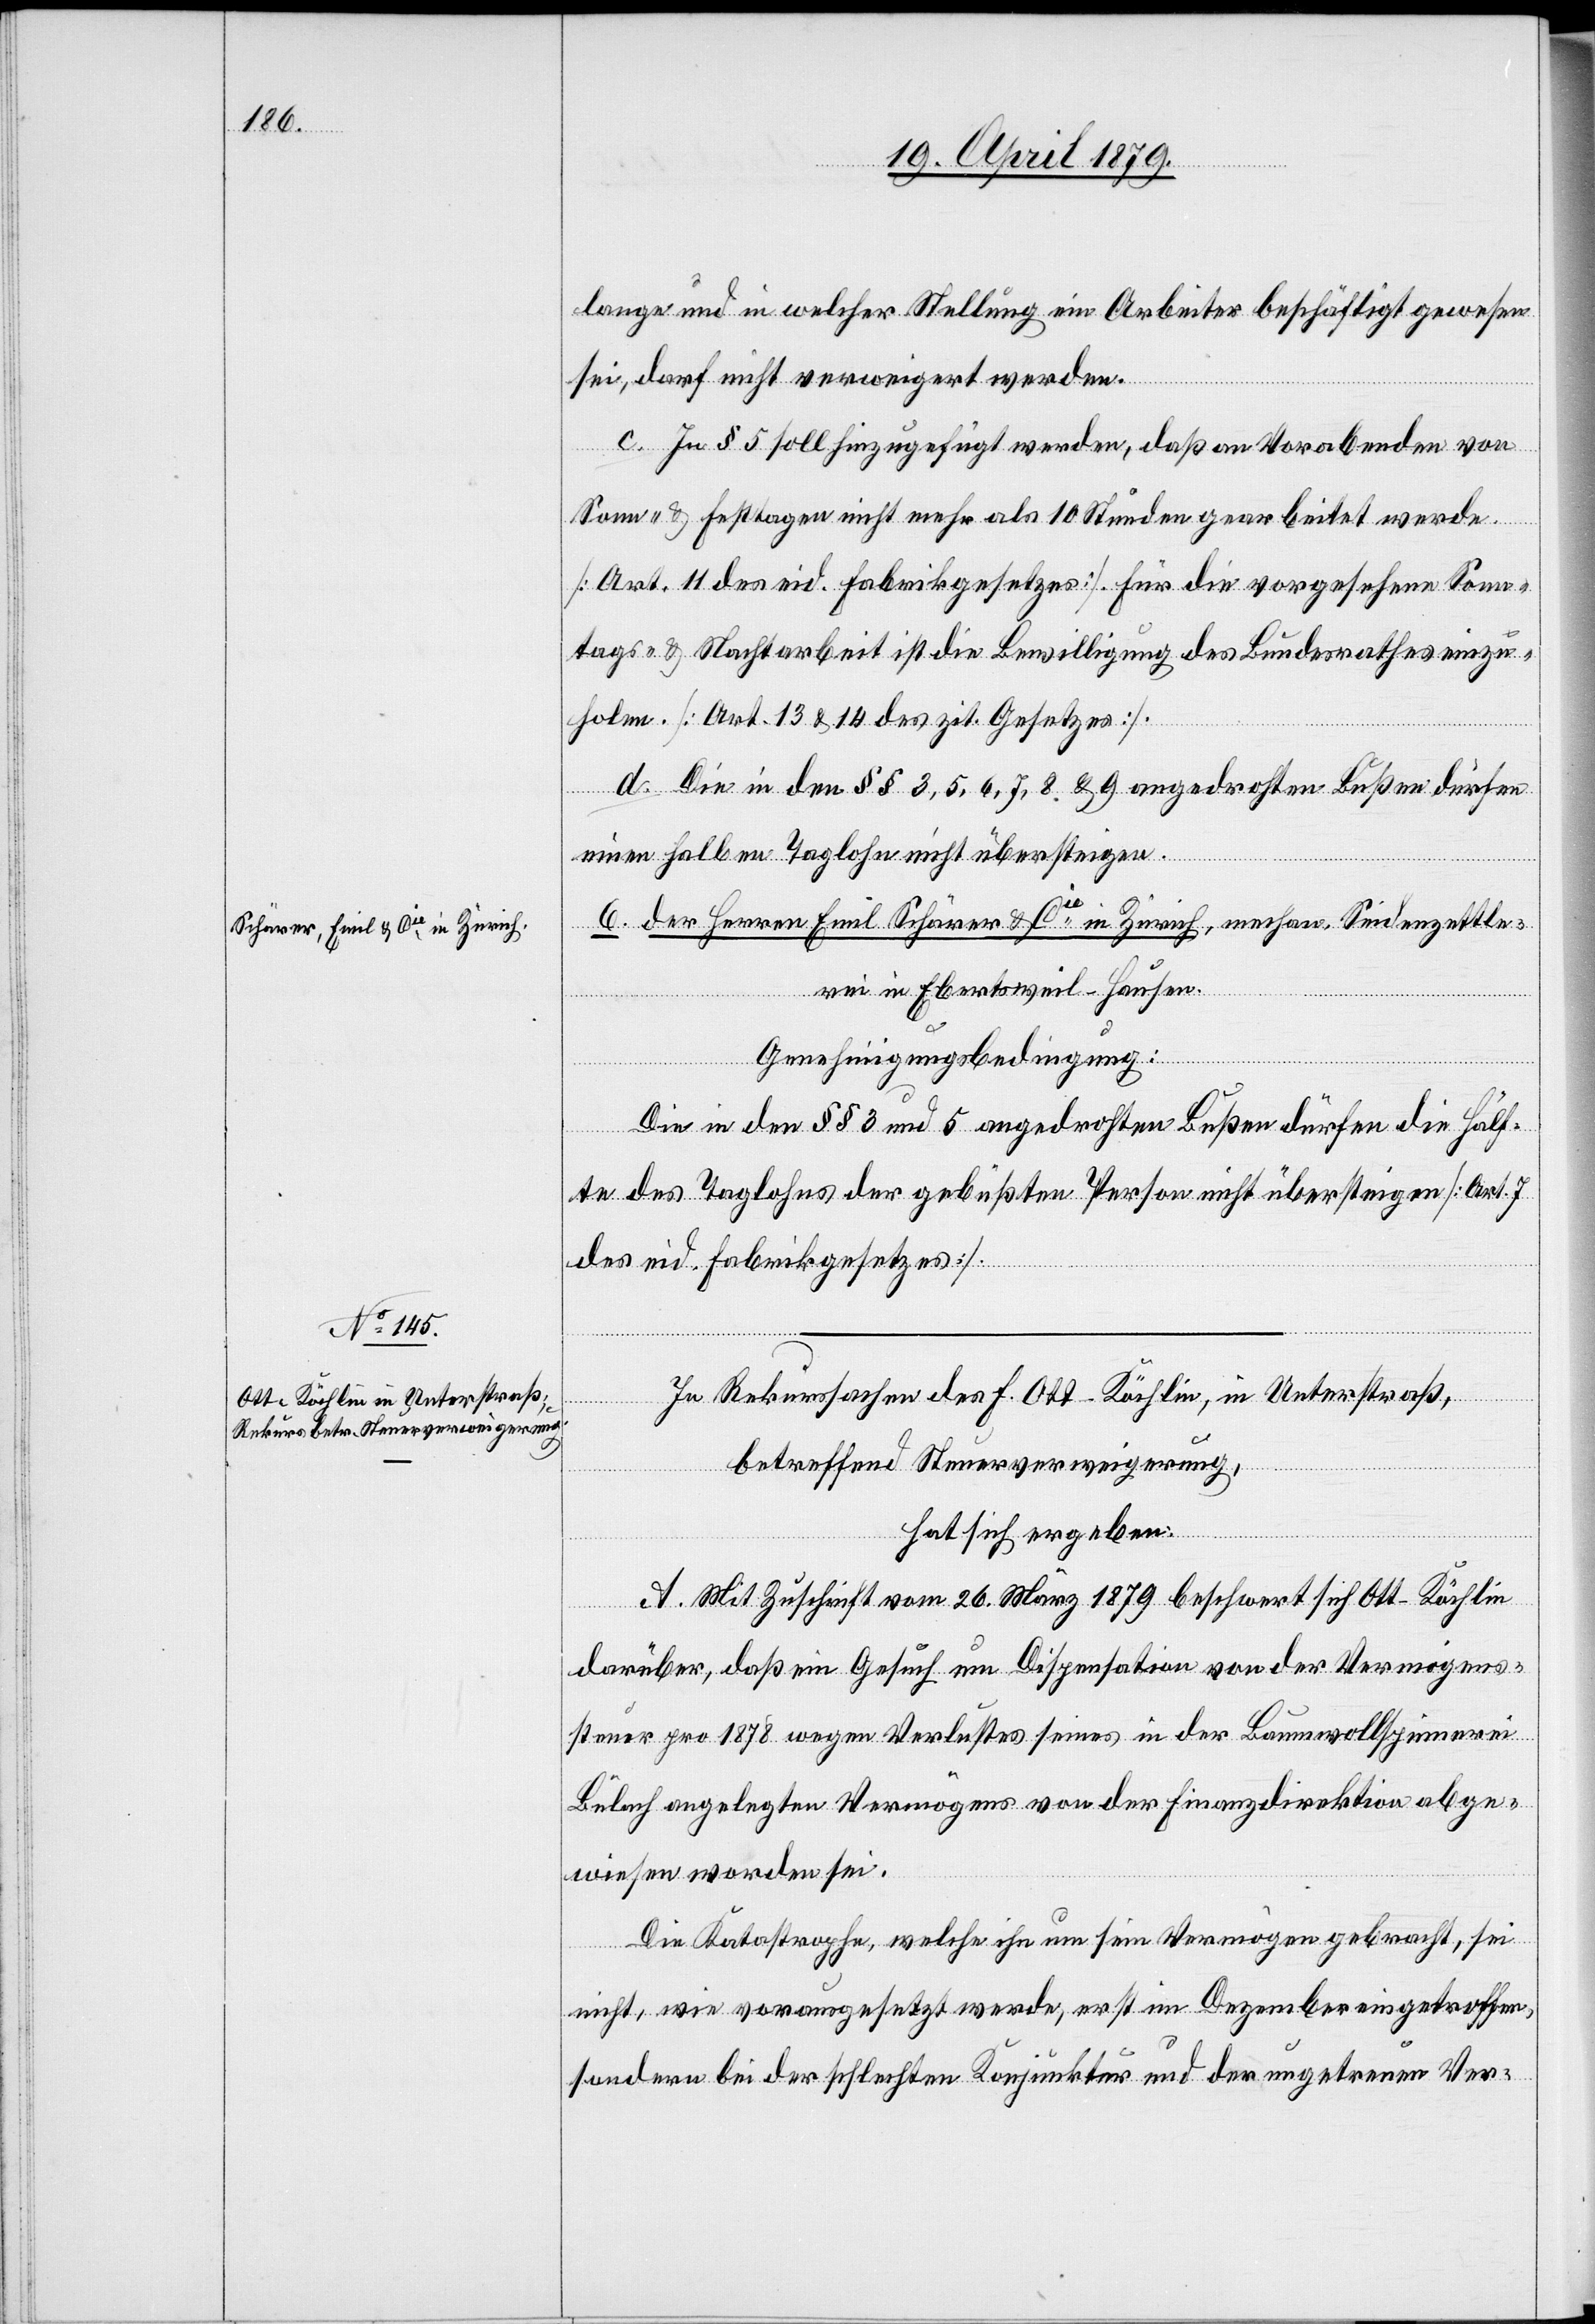
6. der Herren Emil Schärer & Cie in Zürich, mechan. Seidenzettle¬
rei in Ebertsweil - Hausen.
Genehmigungsbedingung:
Die in den §§ 3 und 5 angedrohten Bußen dürfen die Hälf¬
te des Taglohns der gebüßten Person nicht übersteigen [Art. 7
des eid. Fabrikgesetzes].
In Rekurssachen des F. Ott-Köchlin, in Unterstraß,
betreffend Steuerverweigerung,
hat sich ergeben:
A. Mit Zuschrift vom 26. März 1879 beschwert sich Ott-Köchlin
darüber, daß ein Gesuch um Dispensation von der Vermögens¬
steuer pro 1878 wegen Verlustes seines in der Baumwollspinnerei
Bülach angelegten Vermögens von der Finanzdirektion abge¬
wiesen worden sei.
Die Katastrophe, welche ihn um sein Vermögen gebracht, sei
nicht, wie vorausgesetzt werde, erst im Dezember eingetroffen,
sondern bei der schlechten Konjunktur und der ungetreuen Ver-